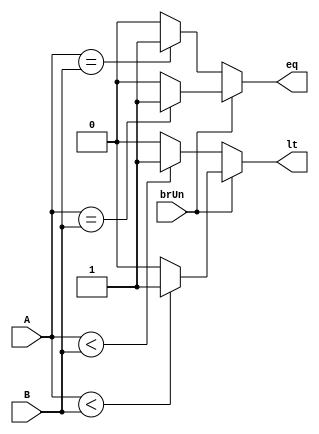
`timescale 1ns / 1ps
//////////////////////////////////////////////////////////////////////////////////
// Company: 
// Engineer: 
// 
// Design Name: 
// Module Name: branch_comp
// Project Name: 
// Target Devices: 
// Tool Versions: 
// Description: 
// 
// Dependencies: 
// 
// Revision:
// Revision 0.01 - File Created
// Additional Comments:
// 
//////////////////////////////////////////////////////////////////////////////////


module branch_comp (
    input [31:0] A,B,
    input brUn,
    output reg eq,lt
);
    always @(*) begin
        if (!brUn) begin
            eq = ($signed(A) == $signed(B)) ? 1:0; //($signed(A) == $signed(B))
            lt = ($signed(A) < $signed(B)) ? 1:0;  //($signed(A) < $signed(B))
        end
        else begin
            eq = (A == B) ? 1: 0;
            lt = (A < B) ? 1 : 0;
        end
    end

endmodule